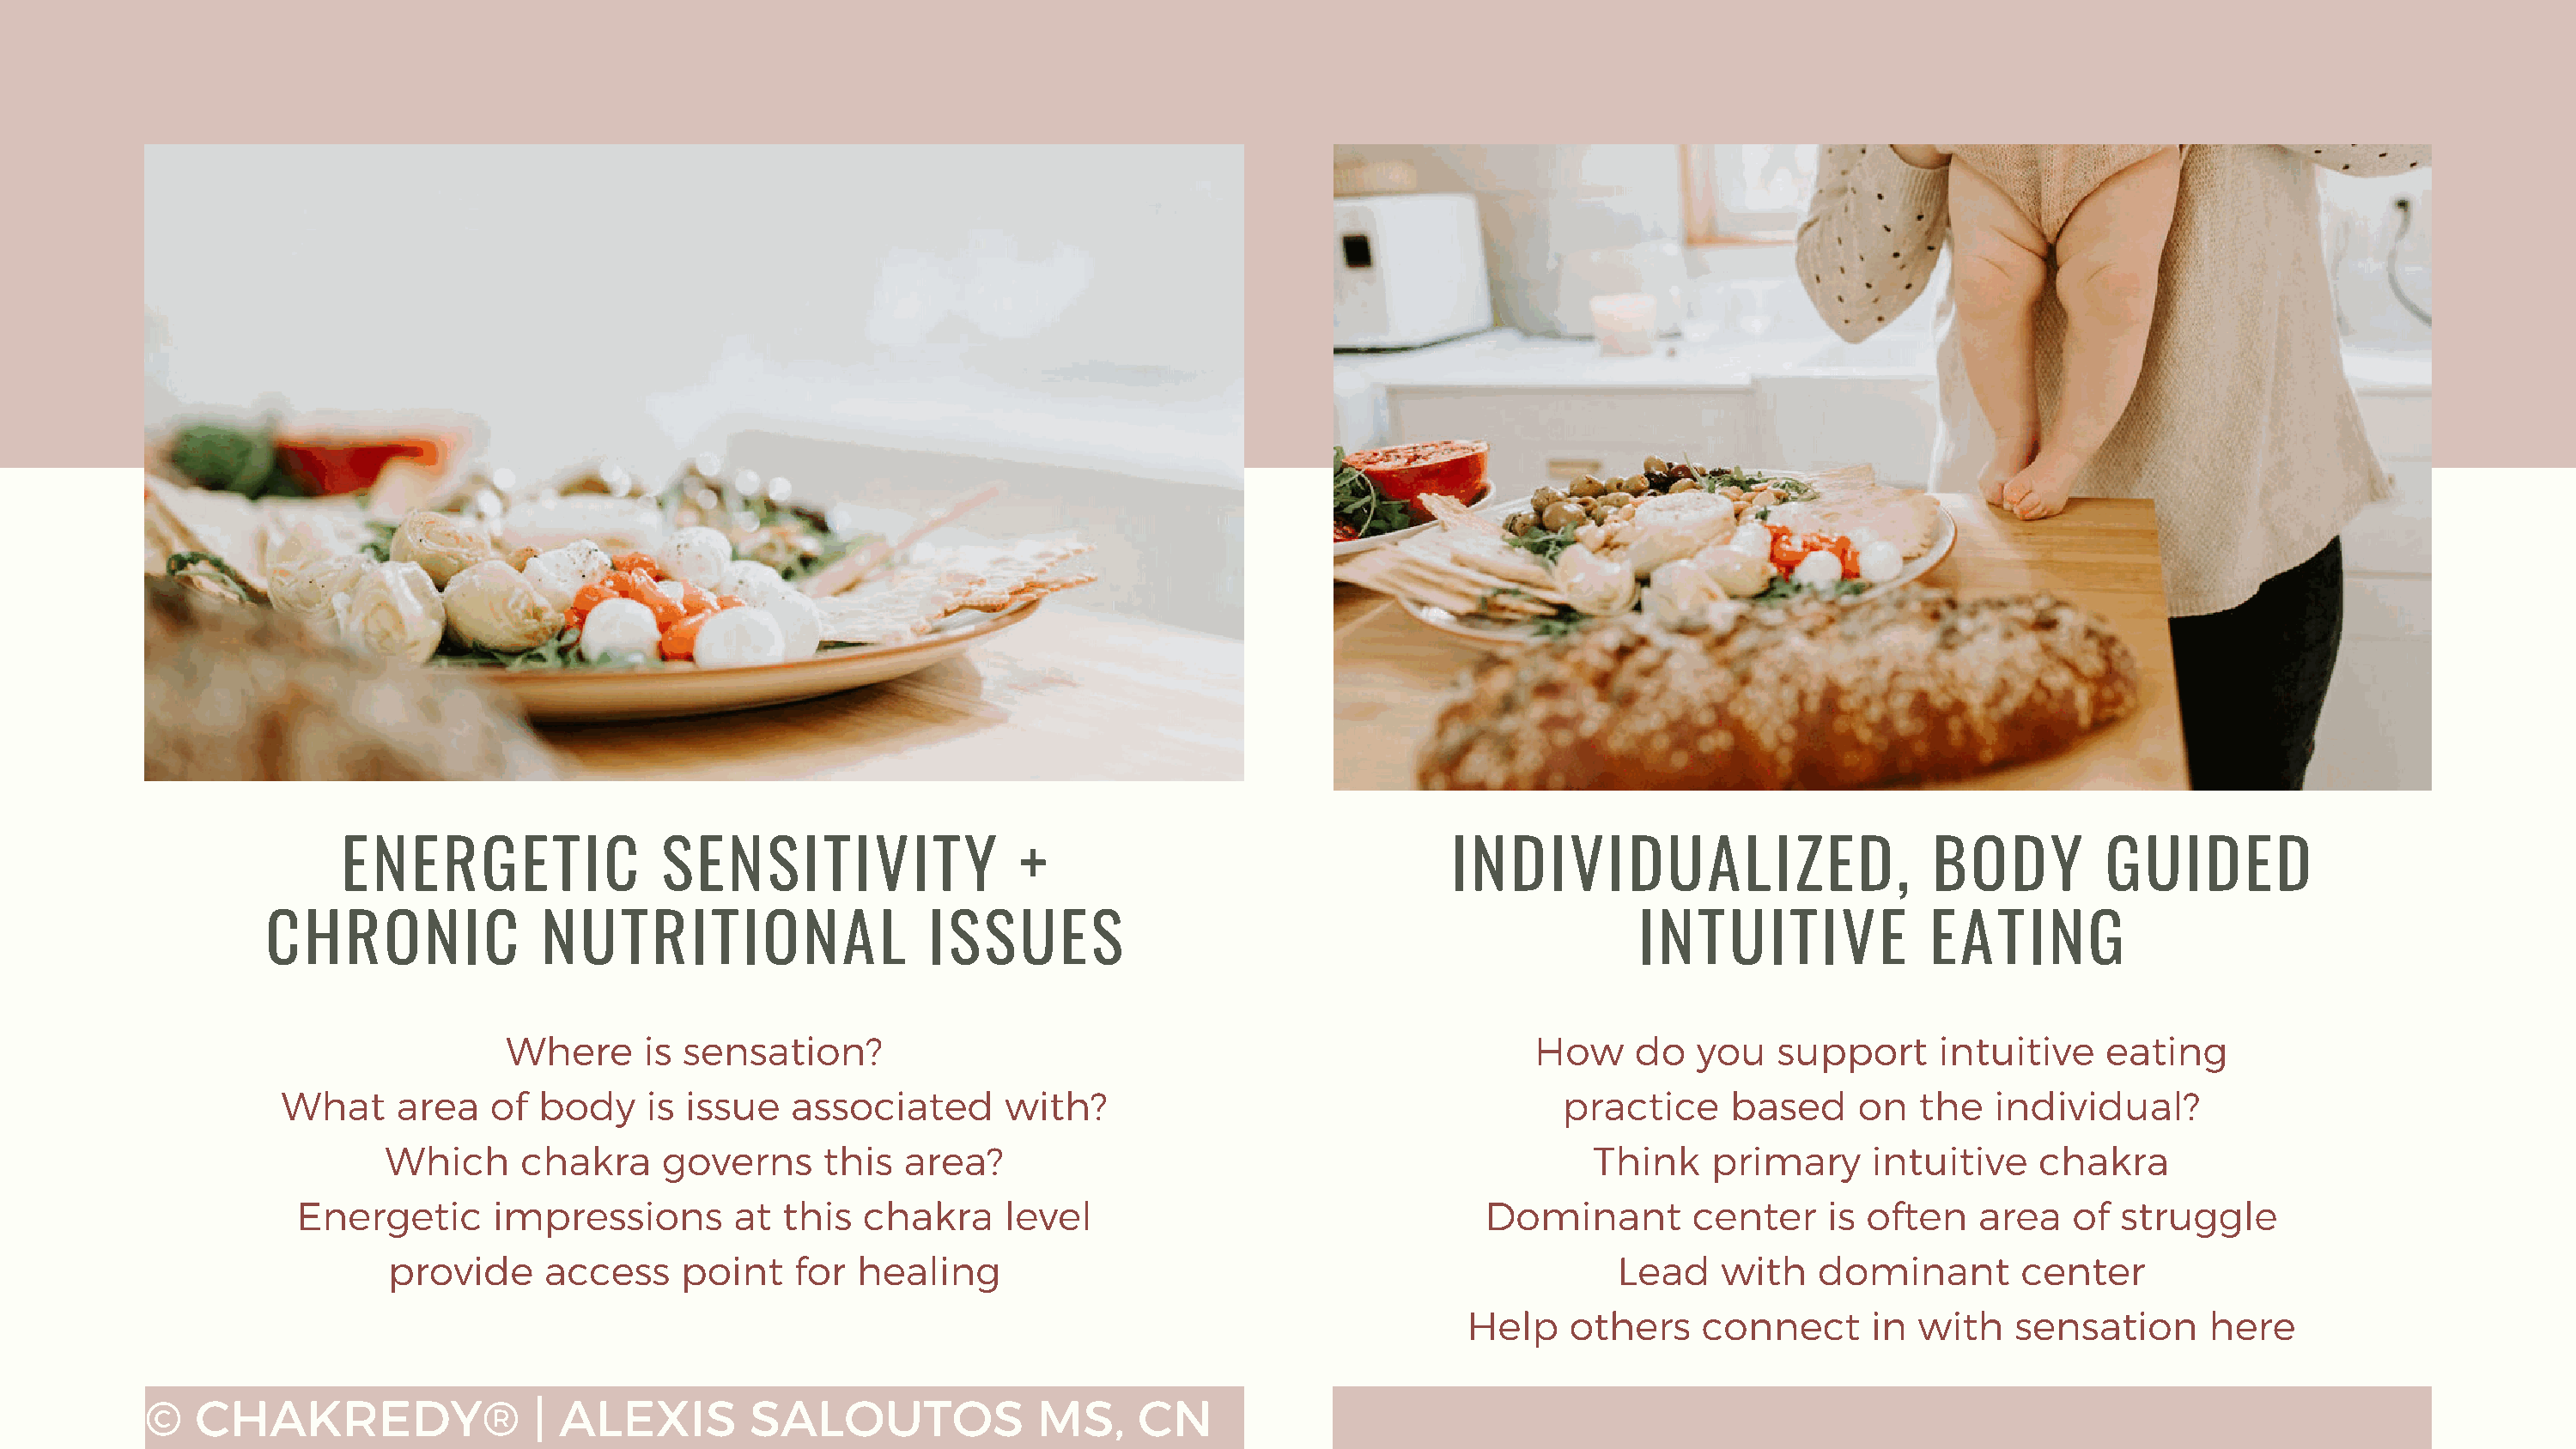
ENERGETIC                SENSITIVITY                 +                                INDIVIDUALIZED,                      BODY         GUIDED
 CHRONIC               NUTRITIONAL                   ISSUES                                                INTUITIVE              EATING
 Where      is sensation?                                                       How     do   you   support     intuitive    eating
 What     area   of body     is issue   associated      with?                                      practice     based     on   the   individual?
 Which     chakra     governs     this   area?                                                Think    primary     intuitive    chakra
 Energetic      impressions        at this   chakra    level                                Dominant        center     is often    area   of struggle
 provide     access    point    for  healing                                                    Lead    with   dominant        center
 Help    others    connect      in  with   sensation      here
 ©   CHAKREDY®                 | ALEXIS         SALOUTOS              MS,     CN